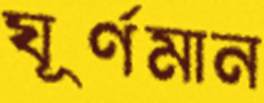
ঘূর্ণমান